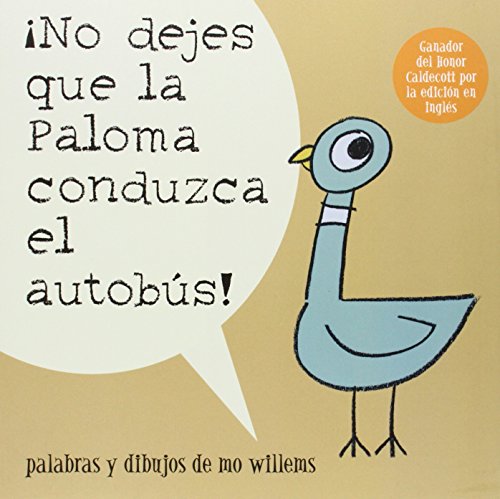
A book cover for Â¡No Dejes Que la Paloma Conduzca el Autobus! (Pigeon Series) (Spanish Edition); Mo Willems; Children's Books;